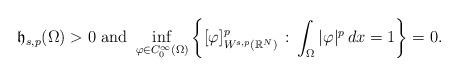
LaTeX: \begin{align*}\mathfrak{h}_{s,p}(\Omega)>0\mbox{ and }\inf_{\varphi\in C^\infty_0(\Omega)} \left\{[\varphi]^p_{W^{s,p}(\mathbb{R}^N)}\, :\, \int_\Omega |\varphi|^p\,dx=1\right\}=0.\end{align*}